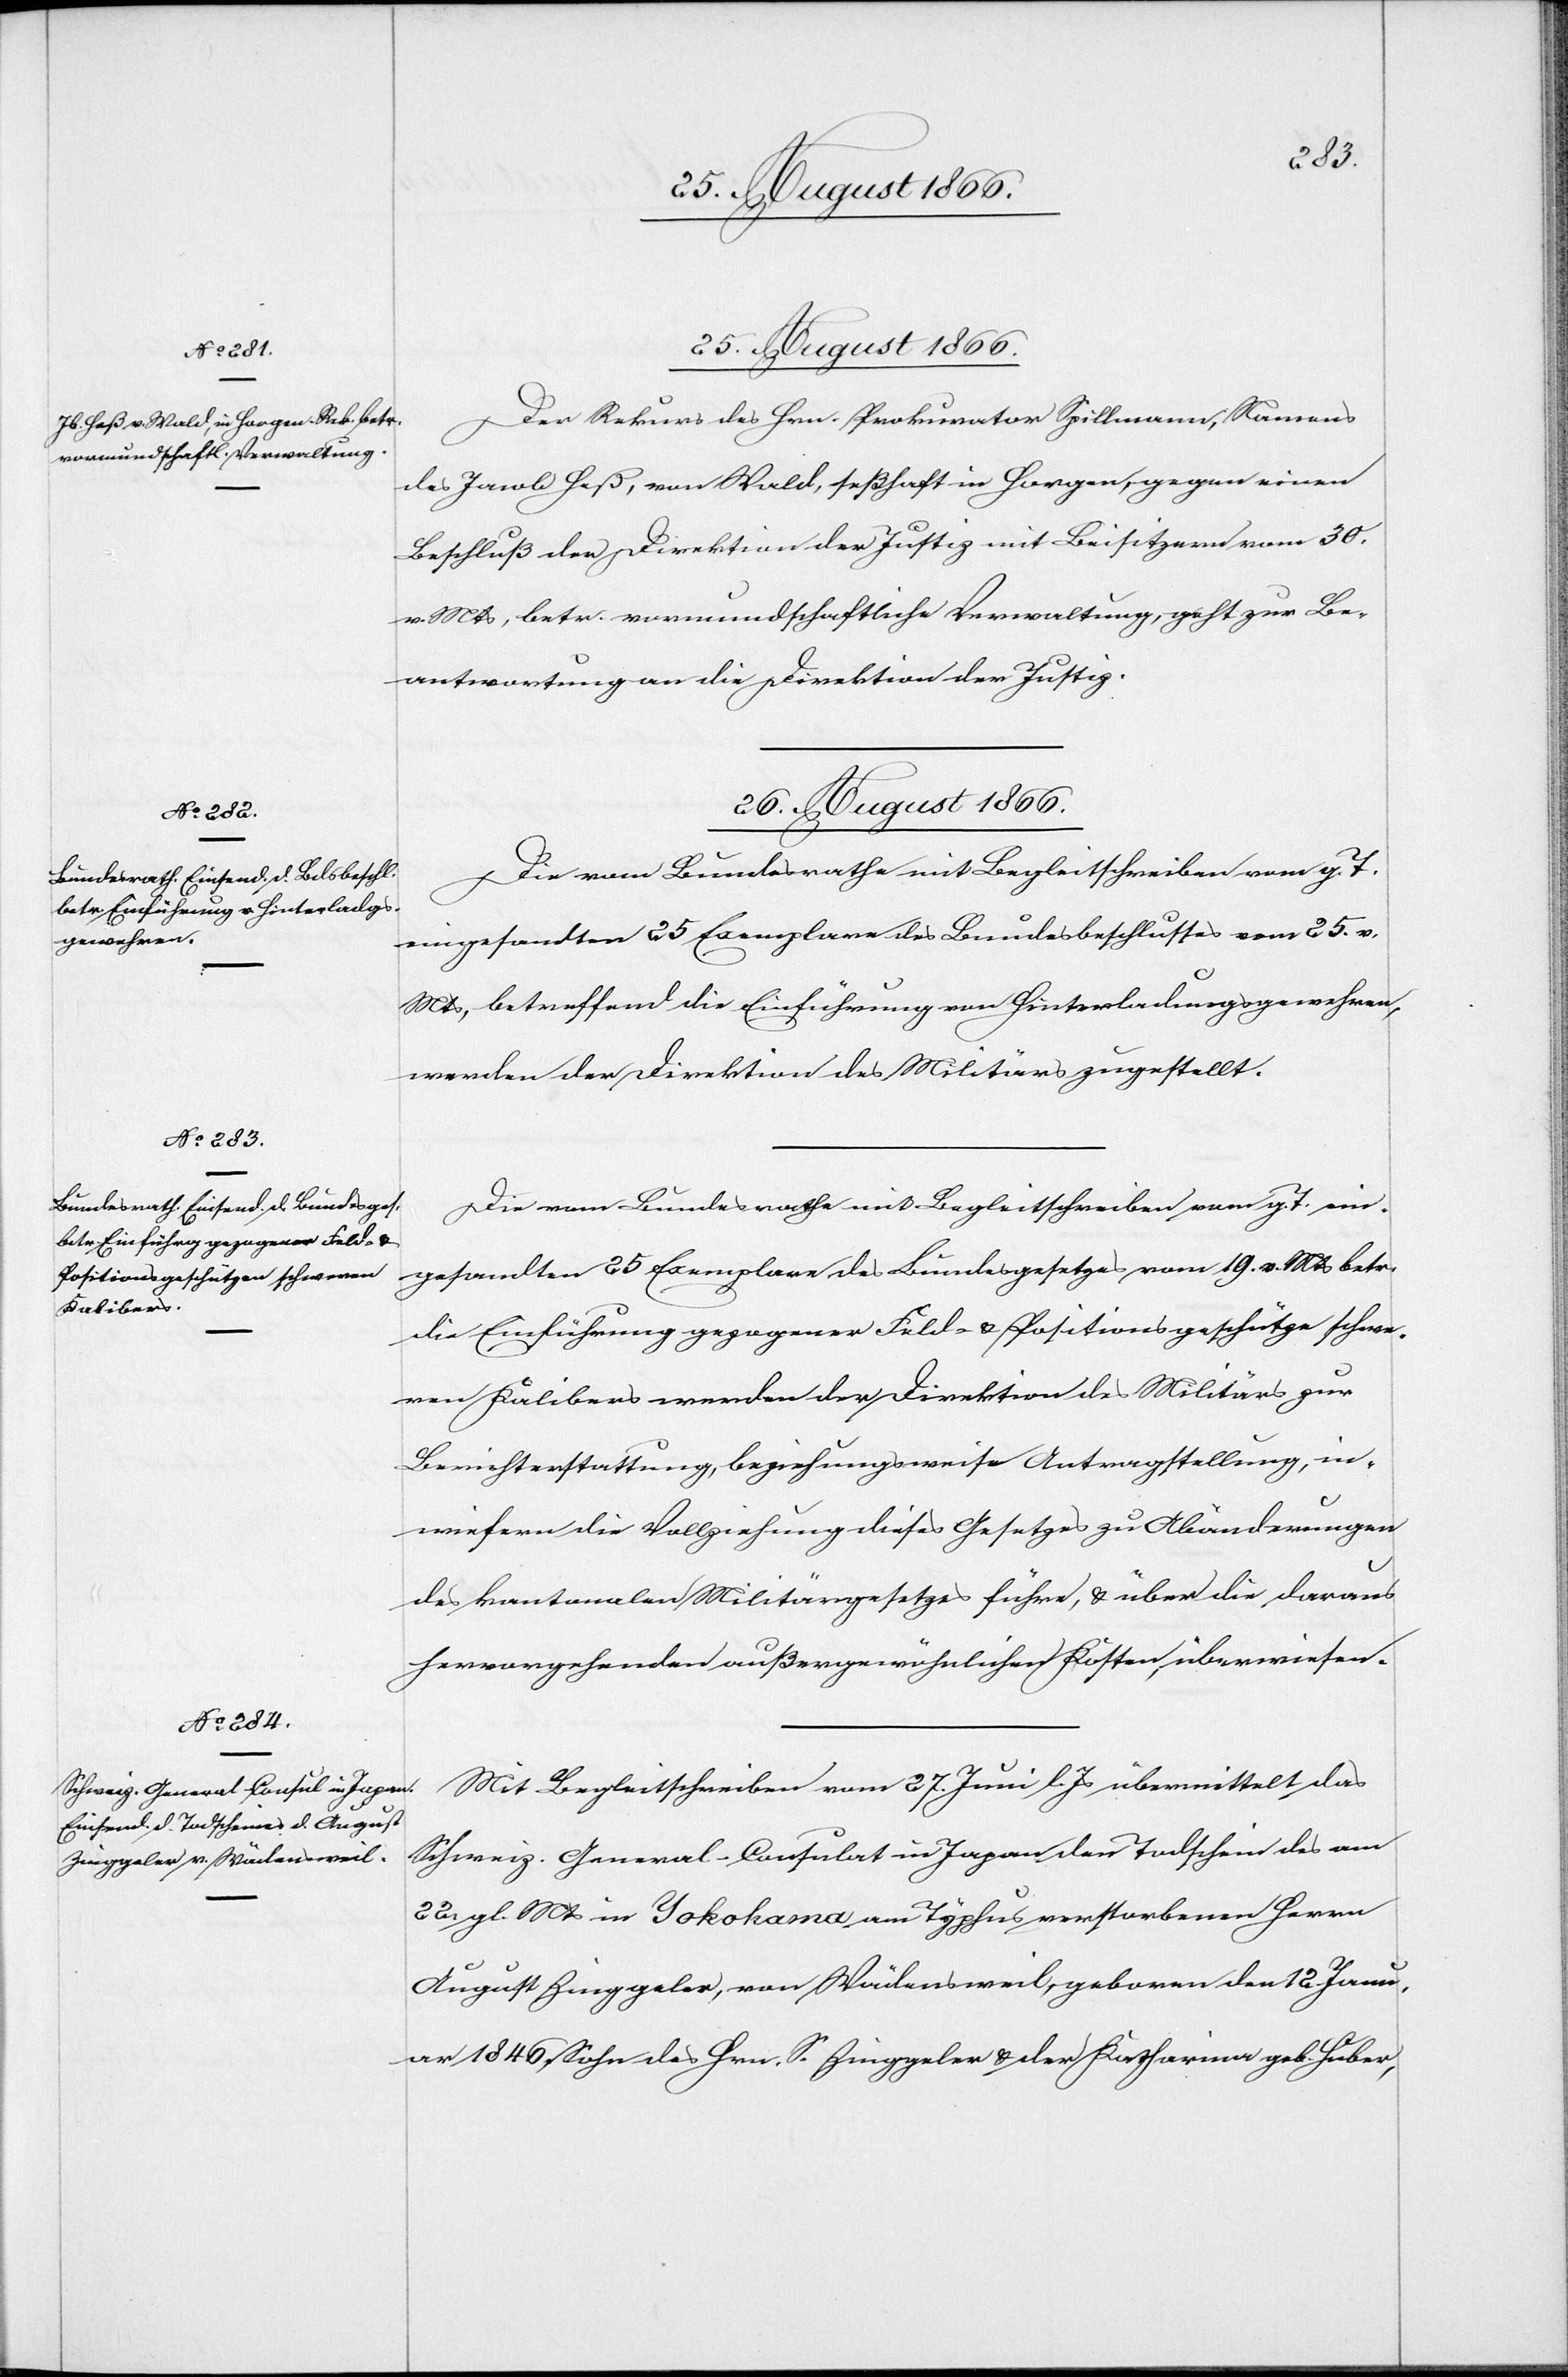
ein¬
25. August 1866.
Der Rekurs des Hrn. Prokurator Spillmann, Namens
des Jacob Heß, von Wald, seßhaft in Horgen, gegen einen
Beschluß der Direktion der Justiz mit Beisitzern vom 30.
v. Mts, betr. vormundschaftliche Verwaltung, geht zur Be¬
antwortung an die Direktion der Justiz.
26. August 1866.]
Die vom Bundesrathe mit Begleitschreiben vom g. T.
eingesandten 25 Exemplare des Bundesbeschlusses vom 25. v.
Mts, betreffend die Einführung von Hinterladungsgewehren,
werden der Direktion des Militärs zugestellt.
gesandten 25 Exemplare des Bundesgesetzes vom 19. v. Mts betr.
die Einführung gezogener Feld- u. Positionsgeschütze schwe¬
ren Kalibers werden der Direktion des Militärs zur
Berichterstattung, beziehungsweise Antragstellung, in¬
wiefern die Vollziehung dieses Gesetzes zur Abänderungen
des kantonalen Militärgesetzes führe, u. über die daraus
hervorgehenden außergewöhnlichen Kosten, überwiesen.
Mit Begleitschreiben vom 27. Juni übermittelt das
Schweiz. General-Consulat in Japan den Todschein des am
22. gl. Mts in Yokohama am Typhus verstorbenen Herrn
August Zinggeler, von Wädensweil, geboren den 12. Janu¬
ar 1846, Sohn des Hrn. S. Zinggeler u. der Katharina geb. Huber,